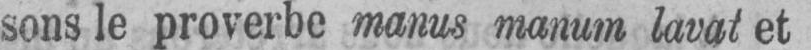
sons le proverbe manus manum lavat et